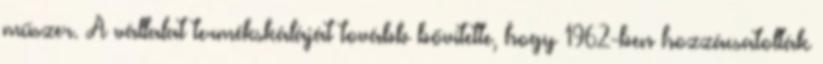
műszer. A vállalat termékskáláját tovább bővítette, hogy 1962-ben hozzácsatolták